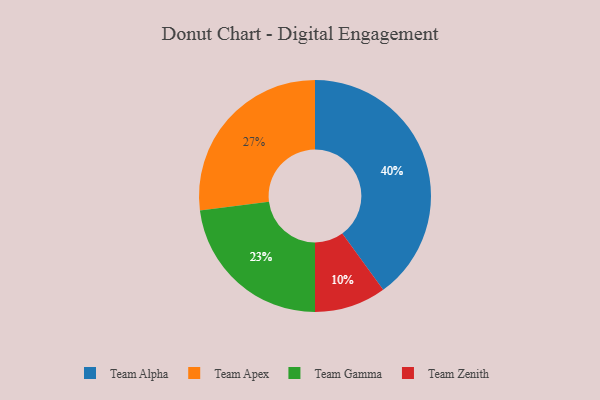
{"axis": {"x": "Category", "y": "Percentage"}, "legend": ["Team Alpha", "Team Apex", "Team Gamma", "Team Zenith"], "data": [{"x": "Team Apex", "y": 27, "type": "Team Apex"}, {"x": "Team Gamma", "y": 23, "type": "Team Gamma"}, {"x": "Team Zenith", "y": 10, "type": "Team Zenith"}, {"x": "Team Alpha", "y": 40, "type": "Team Alpha"}]}